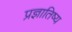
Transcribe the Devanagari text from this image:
प्रज्ञातिष्य